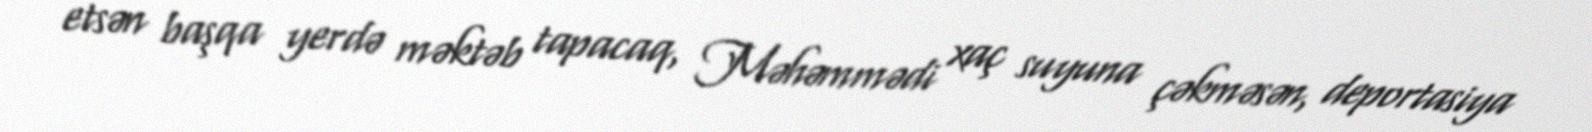
etsən başqa yerdə məktəb tapacaq, Məhəmmədi xaç suyuna çəkməsən, deportasiya